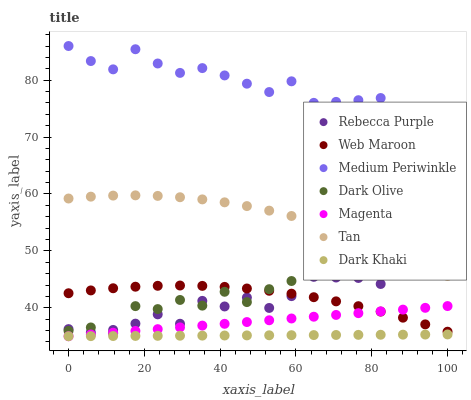
| xaxis_label | Rebecca Purple | Web Maroon | Medium Periwinkle | Dark Olive | Magenta | Tan | Dark Khaki |
 | --- | --- | --- | --- | --- | --- | --- | --- |
 | 0 | 36.3 | 42.6 | 86 | 35.9 | 35 | 59.2 | 35 |
 | 5.88 | 35.7 | 43.1 | 83.4 | 36.5 | 35.3 | 59.5 | 35 |
 | 11.8 | 36.1 | 43.4 | 81.9 | 35.5 | 35.6 | 59.7 | 35 |
 | 17.6 | 37.2 | 43.7 | 85.4 | 40.3 | 35.9 | 59.8 | 35.1 |
 | 23.5 | 38.9 | 43.9 | 82.9 | 39.8 | 36.2 | 59.7 | 35.1 |
 | 29.4 | 37.2 | 43.9 | 81.3 | 41.4 | 36.6 | 59.4 | 35.1 |
 | 35.3 | 41.2 | 43.9 | 82.1 | 40.4 | 36.9 | 59 | 35.1 |
 | 41.2 | 40.2 | 43.7 | 80.8 | 42.8 | 37.2 | 58.5 | 35.1 |
 | 47.1 | 41.8 | 43.4 | 79.4 | 41 | 37.5 | 57.9 | 35.1 |
 | 52.9 | 40 | 43 | 77.9 | 43.3 | 37.8 | 57.1 | 35.2 |
 | 58.8 | 42 | 42.5 | 79.8 | 44.7 | 38.1 | 56.1 | 35.2 |
 | 64.7 | 45.4 | 41.9 | 76 | 48.7 | 38.4 | 55.1 | 35.2 |
 | 70.6 | 45.3 | 41.1 | 76.2 | 48.5 | 38.7 | 53.8 | 35.2 |
 | 76.5 | 45.2 | 40.3 | 76.5 | 46.7 | 39.1 | 52.5 | 35.2 |
 | 82.4 | 44.2 | 39.3 | 76.9 | 49.9 | 39.4 | 51 | 35.3 |
 | 88.2 | 46.9 | 38.3 | 72.3 | 51.5 | 39.7 | 49.3 | 35.3 |
 | 94.1 | 48.5 | 37.1 | 73.8 | 50.6 | 40 | 47.5 | 35.3 |
 | 100 | 47.8 | 35.8 | 70.1 | 54.6 | 40.3 | 45.6 | 35.3 |